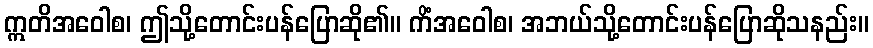
ဣတိအဝေါစ၊ ဤသို့တောင်းပန်ပြောဆို၏။ ကိံအဝေါစ၊ အဘယ်သို့တောင်းပန်ပြောဆိုသနည်း။